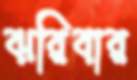
ঝরিবার